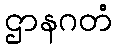
ဌာနဂတံ